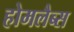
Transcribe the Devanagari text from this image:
होमलैब्स